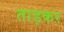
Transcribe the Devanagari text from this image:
ताड़कर